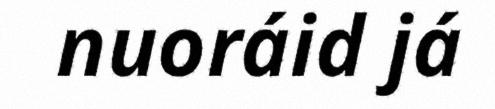
nuoráid já